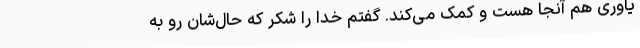
یاوری هم آنجا هست و کمک می‌کند. گفتم خدا را شکر که حال‌شان رو به